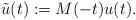
LaTeX: \begin{align*}\tilde u(t) := M(-t)u(t).\end{align*}